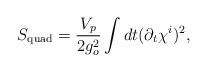
LaTeX: \begin{align*}S_{\mathrm{quad}}=\frac{V_p}{2g_o^2}\int dt(\partial_t\chi^i)^2, \end{align*}